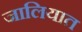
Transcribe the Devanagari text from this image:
जालियात